Indian journal of veterinary science and animal husbandry - Volume 10,
Year: 1940
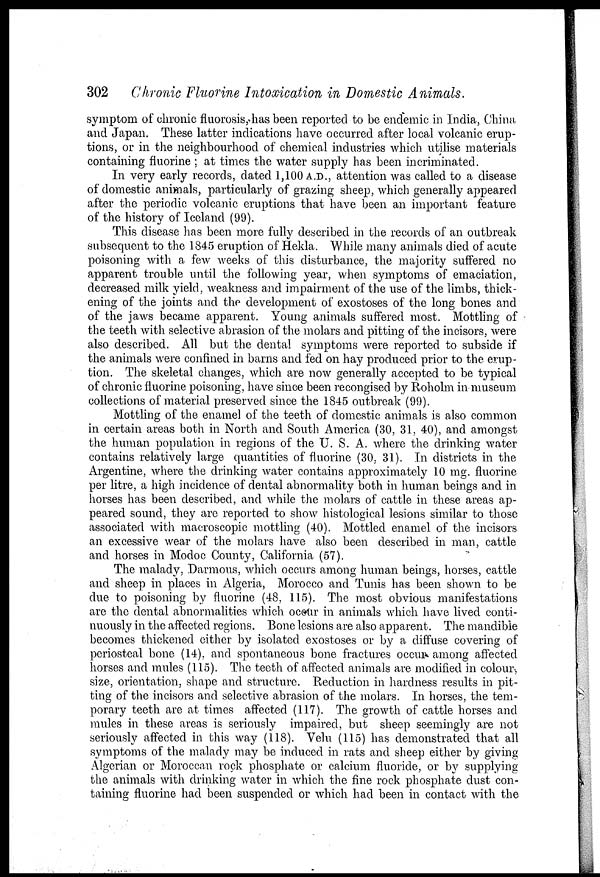
302 Chronic Fluorine Intoxication in Domestic Animals.
symptom of chronic fluorosis, has been reported to be endemic in India, China
and Japan. These latter indications have occurred after local volcanic erup-
tions, or in the neighbourhood of chemical industries which utilise materials
containing fluorine ; at times the water supply has been incriminated.
In very early records, dated 1,100 A.D., attention was called to a disease
of domestic animals, particularly of grazing sheep, which generally appeared
after the periodic volcanic eruptions that have been an important feature
of the history of Iceland (99).
This disease has been more fully described in the records of an outbreak
subsequent to the 1845 eruption of Hekla. While many animals died of acute
poisoning with a few weeks of this disturbance, the majority suffered no
apparent trouble until the following year, when symptoms of emaciation,
decreased milk yield, weakness and impairment of the use of the limbs, thick-
ening of the joints and the development of exostoses of the long bones and
of the jaws became apparent. Young animals suffered most. Mottling of
the teeth with selective abrasion of the molars and pitting of the incisors, were
also described. All but the dental symptoms were reported to subside if
the animals were confined in barns and fed on hay produced prior to the erup-
tion. The skeletal changes, which are now generally accepted to be typical
of chronic fluorine poisoning, have since been recongised by Roholm in museum
collections of material preserved since the 1845 outbreak (99).
Mottling of the enamel of the teeth of domestic animals is also common
in certain areas both in North and South America (30, 31, 40), and amongst
the human population in regions of the U. S. A. where the drinking water
contains relatively large quantities of fluorine (30, 31). In districts in the
Argentine, where the drinking water contains approximately 10 mg. fluorine
per litre, a high incidence of dental abnormality both in human beings and in
horses has been described, and while the molars of cattle in these areas ap-
peared sound, they are reported to show histological lesions similar to those
associated with macroscopic mottling (40). Mottled enamel of the incisors
an excessive wear of the molars have also been described in man, cattle
and horses in Modoc County, California (57).
The malady, Darmous, which occurs among human beings, horses, cattle
and sheep in places in Algeria, Morocco and Tunis has been shown to be
due to poisoning by fluorine (48, 115). The most obvious manifestations
are the dental abnormalities which occur in animals which have lived conti-
nuously in the affected regions. Bone lesions are also apparent. The mandible
becomes thickened either by isolated exostoses or by a diffuse covering of
periosteal bone (14), and spontaneous bone fractures occur among affected
horses and mules (115). The teeth of affected animals are modified in colour,
size, orientation, shape and structure. Reduction in hardness results in pit-
ting of the incisors and selective abrasion of the molars. In horses, the tem-
porary teeth are at times affected (117). The growth of cattle horses and
mules in these areas is seriously impaired, but sheep seemingly are not
seriously affected in this way (118). Velu (115) has demonstrated that all
symptoms of the malady may be induced in rats and sheep either by giving
Algerian or Moroccan rock phosphate or calcium fluoride, or by supplying
the animals with drinking water in which the fine rock phosphate dust con-
taining fluorine had been suspended or which had been in contact with the